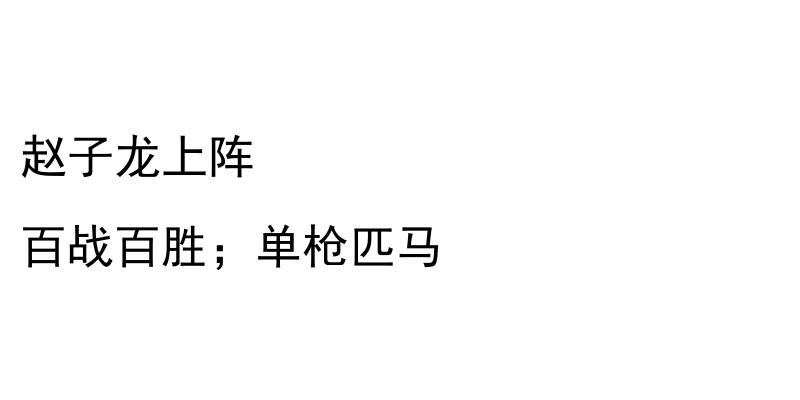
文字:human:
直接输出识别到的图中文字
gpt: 赵子龙上阵 百战百胜；单枪匹马